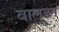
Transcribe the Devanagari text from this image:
वालडन